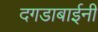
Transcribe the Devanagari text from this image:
दगडाबाईनी